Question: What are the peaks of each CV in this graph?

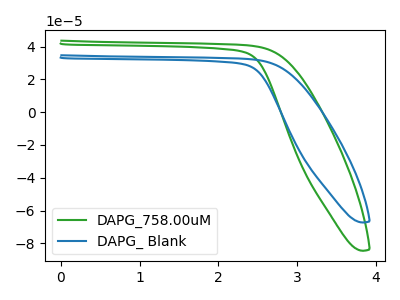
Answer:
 <answer>The green curve "DAPG_758.00uM" has no peaks. The blue curve "DAPG_ Blank" has no peaks.</answer>
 <eval></eval>